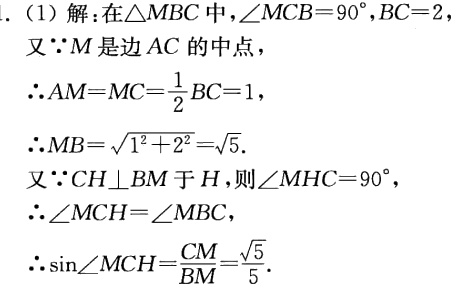
1. (1) 解：在\(\triangle MBC\)中，\(\angle MCB = 90^{\circ},BC = 2\)

又\(\because M\)是边\(AC\)的中点，

\(\therefore AM = MC=\frac{1}{2}BC = 1\)，

\(\therefore MB=\sqrt{1^{2}+2^{2}}=\sqrt{5}\).

又\(\because CH\perp BM\)于\(H\)，则\(\angle MHC = 90^{\circ}\)，

\(\therefore \angle MCH=\angle MBC\)，

\(\therefore \sin\angle MCH=\frac{CM}{BM}=\frac{\sqrt{5}}{5}\).